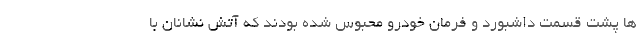
ها پشت قسمت داشبورد و فرمان خودرو محبوس شده بودند که آتش نشانان با